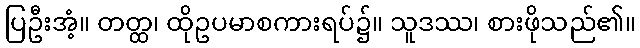
ပြဦးအံ့။ တတ္ထ၊ ထိုဥပမာစကားရပ်၌။ သူဒဿ၊ စားဖိုသည်၏။